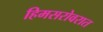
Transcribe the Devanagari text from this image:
हिमसरोवरात